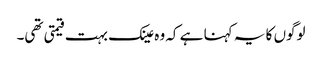
لوگوں کا یہ کہنا ہے کہ وہ عینک بہت قیمتی تھی۔